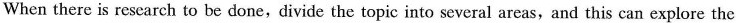
When there is research to be done,divide the topic into several areas,and this can explore the